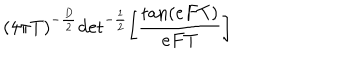
LaTeX: ( 4 \pi T ) ^ { - { \frac { D } { 2 } } } \mathrm { d e t } ^ { - { \frac { 1 } { 2 } } } \biggl [ { \frac { \mathrm { t a n } ( e F T ) } { e F T } } \biggr ] \quad \,